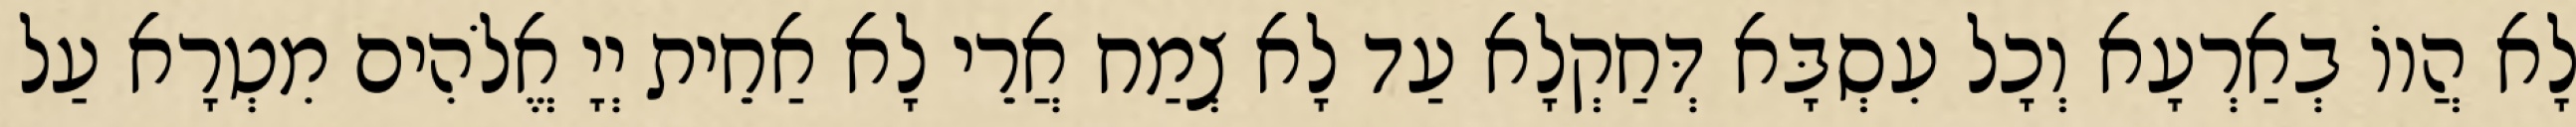
לָא הֲווֹ בְאַרְעָא וְכָל עִסְבָּא דְּחַקְלָא עַד לָא צְמַח אֲרֵי לָא אַחֵית יְיָ אֱלֹהִים מִטְרָא עַל